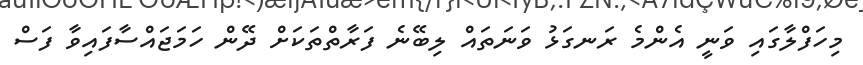
މިހަފްލާގައި ވަނީ އެންމެ ރަނގަޅު ވަނަތައް ލިބޭނެ ފަރާތްތަކަށް ދޭން ހަމަޖައްސާފައިވާ ފަސް